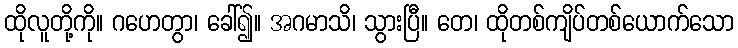
ထိုလူတို့ကို။ ဂဟေတွာ၊ ခေါ်၍။ အဂမာသိ၊ သွားပြီ။ တေ၊ ထိုတစ်ကျိပ်တစ်ယောက်သော